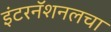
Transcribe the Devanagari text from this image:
इंटरनॅशनलचा